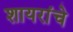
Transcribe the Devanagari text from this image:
शायरांचे